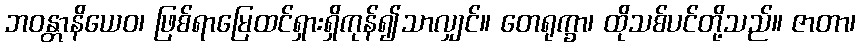
ဘဝန္တာနိယေဝ၊ ဖြစ်ရာမြေထင်ရှားရှိကုန်၍သာလျှင်။ တေရုက္ခာ၊ ထိုသစ်ပင်တို့သည်။ ဇာတာ၊